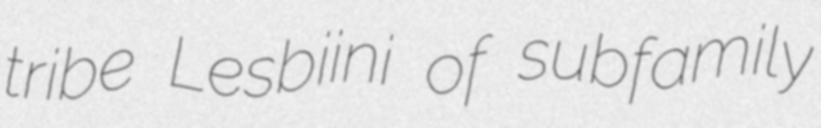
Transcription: tribe Lesbiini of subfamily